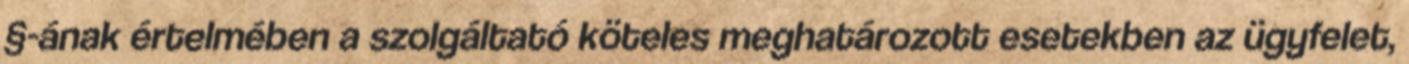
§-ának értelmében a szolgáltató köteles meghatározott esetekben az ügyfelet,